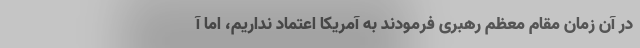
در آن زمان مقام معظم رهبری فرمودند به آمریکا اعتماد نداریم، اما آ